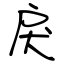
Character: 戻